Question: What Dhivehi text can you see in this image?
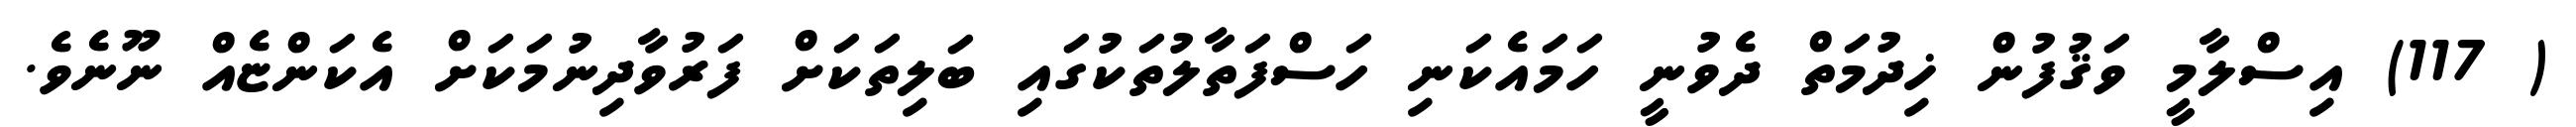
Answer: ( 117) އިސްލާމީ ވަޤުފުން ޚިދުމަތް ދެވުނީ ހަމައެކަނި ހަސްފަތާލުތަކުގައި ބަލިތަކަށް ފަރުވާދިނުމަކަށް އެކަންޏެއް ނޫނެވެ.